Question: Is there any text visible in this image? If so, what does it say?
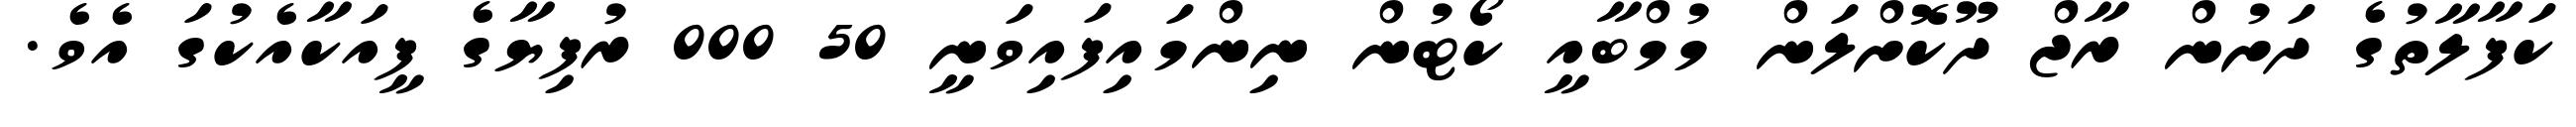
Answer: ކަފާލާތުގެ ދަށުން ރާޖް ދޫކޮށްލަން މުމްބާއީ ކޯޓުން ނިންމައިފައިވަނީ 50 000 ރުފިޔާގެ ފީއަކާއެކުގަ އެވެ.